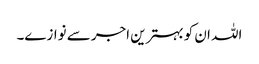
اللہ ان کو بہترین اجر سے نوازے۔